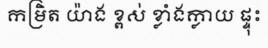
កម្រិត យ៉ាង ខ្ពស់ ខ្លាំងក្លាយ ផ្ទុះ